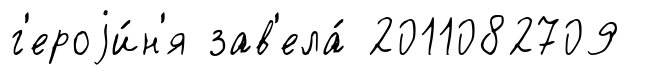
г'ероjи́н'я зав'ела́ 2011082709